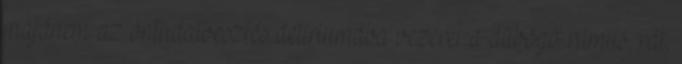
majdnem az öntudatvesztés delíriumába vezérel a dübögő ritmus, rál,